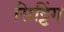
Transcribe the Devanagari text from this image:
सिट्टिंग